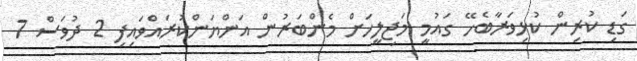
ގަޑި ކުރިން ކުޅިވަރާބެހޭ ގައުމީ މަޖިލީހަށް މެންބަރުން އަންޔަންކުރައްވައިފި 2 ދުވަސް 7